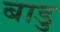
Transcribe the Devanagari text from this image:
बाडु